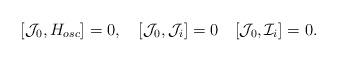
LaTeX: \begin{align*}[{\cal J}_0, H_{osc}]= 0,\quad[{\cal J}_0, {\cal J}_i]=0 \quad[{\cal J}_0, {\cal I}_i ]=0 .\end{align*}